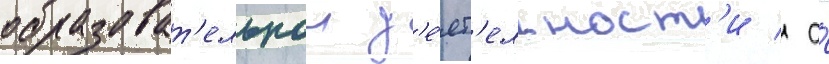
образоват'ельнои д'е́ят'ельност'и / а́